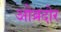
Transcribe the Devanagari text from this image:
ओब्रदोर